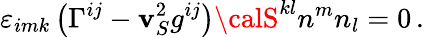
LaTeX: \varepsilon_{imk}\left(\Gamma^{ij}-\mathbf{v}_{S}^{2}g^{ij}\right){\calS}^{kl}n^{m}n_{l}=0\, .